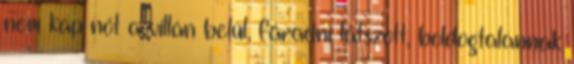
nem kap nőt a villán belül, fáradni látszott, boldogtalannak